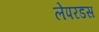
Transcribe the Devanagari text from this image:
लेपरडस